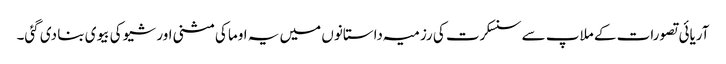
آریائی تصورات کے ملاپ سے سنسکرت کی رزمیہ داستانوں میں یہ اوما کی مثنی اور شیو کی بیوی بنا دی گئی۔